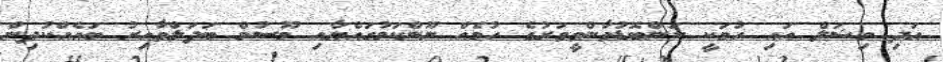
އަދި މިޝަލް އައި ހުމަކީ ކަންބޮޑުވާންވީވަރުގެ ހުމެއް ނޫންކަމުގައްޔާއި މޫސުމް ބަދަލްވާއިރު ބައެއްކުދިން